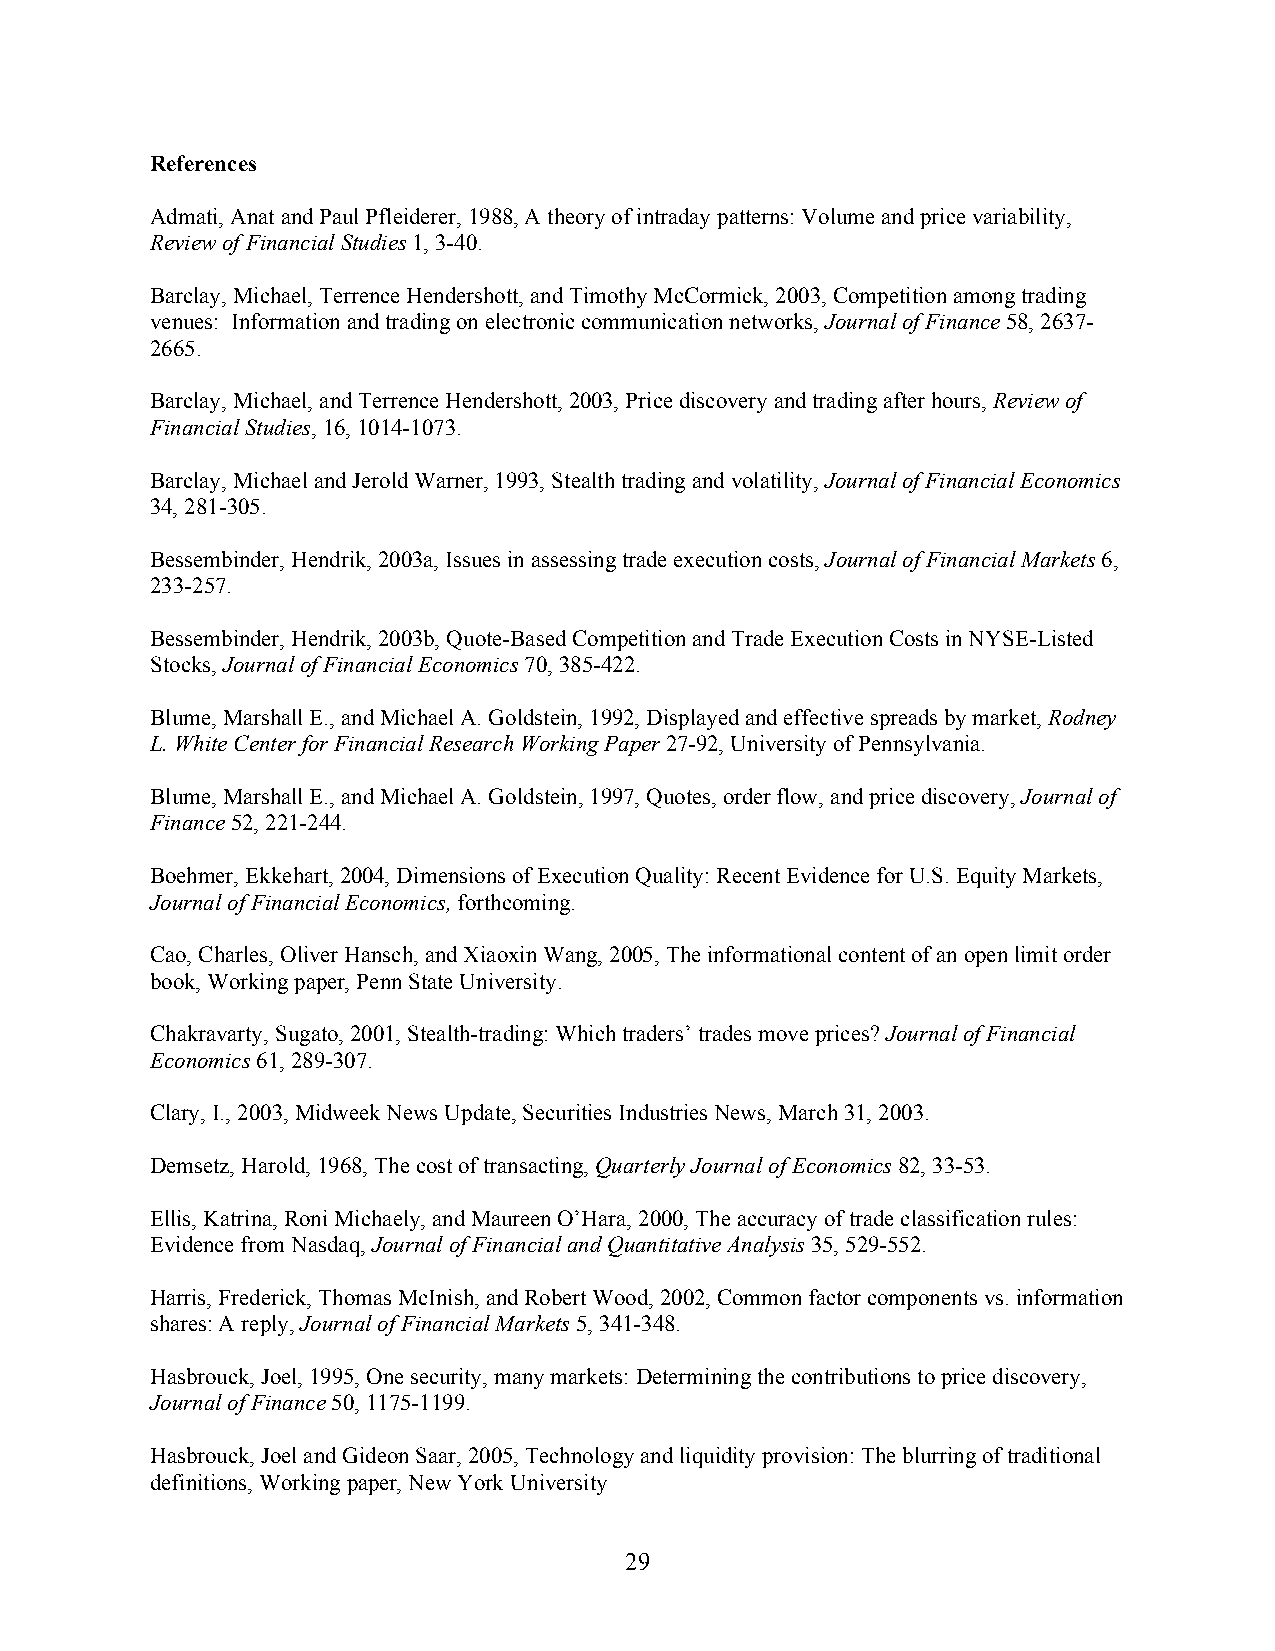
References
 Admati, Anat and Paul Pfleiderer, 1988, A theory of intraday patterns: Volume and price variability,
 Review of Financial Studies 1, 3-40.
 Barclay, Michael, Terrence Hendershott, and Timothy McCormick, 2003, Competition among trading
 venues: Information and trading on electronic communication networks, Journal of Finance 58, 2637-
 2665.
 Barclay, Michael, and Terrence Hendershott, 2003, Price discovery and trading after hours, Review of
 Financial Studies, 16, 1014-1073.
 Barclay, Michael and Jerold Warner, 1993, Stealth trading and volatility, Journal of Financial Economics
 34, 281-305.
 Bessembinder, Hendrik, 2003a, Issues in assessing trade execution costs, Journal of Financial Markets 6,
 233-257.
 Bessembinder, Hendrik, 2003b, Quote-Based Competition and Trade Execution Costs in NYSE-Listed
 Stocks, Journal of Financial Economics 70, 385-422.
 Blume, Marshall E., and Michael A. Goldstein, 1992, Displayed and effective spreads by market, Rodney
 L. White Center for Financial Research Working Paper 27-92, University of Pennsylvania.
 Blume, Marshall E., and Michael A. Goldstein, 1997, Quotes, order flow, and price discovery, Journal of
 Finance 52, 221-244.
 Boehmer, Ekkehart, 2004, Dimensions of Execution Quality: Recent Evidence for U.S. Equity Markets,
 Journal of Financial Economics, forthcoming.
 Cao, Charles, Oliver Hansch, and Xiaoxin Wang, 2005, The informational content of an open limit order
 book, Working paper, Penn State University.
 Chakravarty, Sugato, 2001, Stealth-trading: Which traders’ trades move prices? Journal of Financial
 Economics 61, 289-307.
 Clary, I., 2003, Midweek News Update, Securities Industries News, March 31, 2003.
 Demsetz, Harold, 1968, The cost of transacting, Quarterly Journal of Economics 82, 33-53.
 Ellis, Katrina, Roni Michaely, and Maureen O’Hara, 2000, The accuracy of trade classification rules:
 Evidence from Nasdaq, Journal of Financial and Quantitative Analysis 35, 529-552.
 Harris, Frederick, Thomas McInish, and Robert Wood, 2002, Common factor components vs. information
 shares: A reply, Journal of Financial Markets 5, 341-348.
 Hasbrouck, Joel, 1995, One security, many markets: Determining the contributions to price discovery,
 Journal of Finance 50, 1175-1199.
 Hasbrouck, Joel and Gideon Saar, 2005, Technology and liquidity provision: The blurring of traditional
 definitions, Working paper, New York University
 29